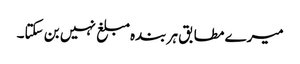
میرے مطابق ہر بندہ مبلغ نہیں بن سکتا۔